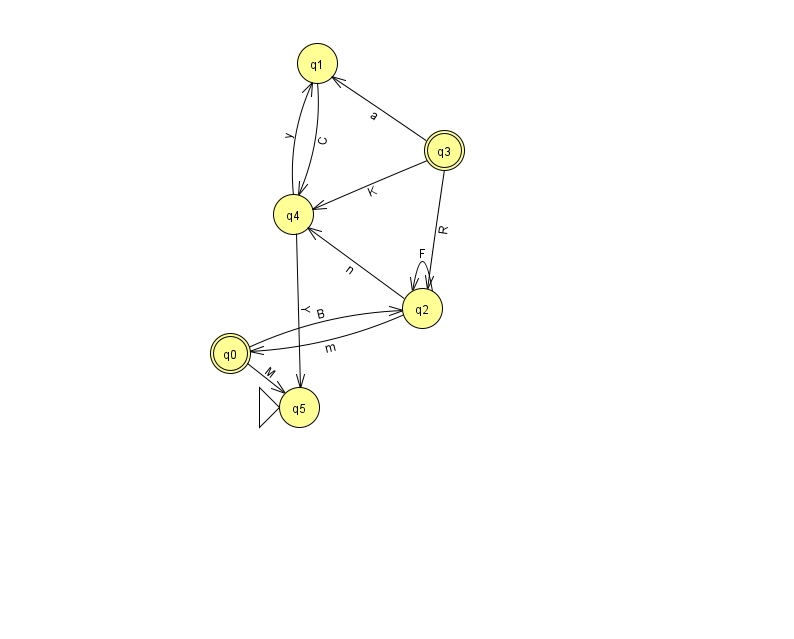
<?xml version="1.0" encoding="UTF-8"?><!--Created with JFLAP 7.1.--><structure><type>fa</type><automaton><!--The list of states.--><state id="0" name="q0"><x>230.0</x><y>340.0</y><final/></state><state id="1" name="q1"><x>317.0</x><y>50.0</y></state><state id="2" name="q2"><x>422.0</x><y>295.0</y></state><state id="3" name="q3"><x>444.0</x><y>137.0</y><final/></state><state id="4" name="q4"><x>293.0</x><y>201.0</y></state><state id="5" name="q5"><x>299.0</x><y>394.0</y><initial/></state><!--The list of transitions.--><transition><from>3</from><to>4</to><read>K</read></transition><transition><from>4</from><to>1</to><read>y</read></transition><transition><from>0</from><to>2</to><read>B</read></transition><transition><from>2</from><to>2</to><read>F</read></transition><transition><from>3</from><to>1</to><read>a</read></transition><transition><from>3</from><to>2</to><read>R</read></transition><transition><from>2</from><to>0</to><read>m</read></transition><transition><from>4</from><to>5</to><read>Y</read></transition><transition><from>1</from><to>4</to><read>C</read></transition><transition><from>2</from><to>4</to><read>n</read></transition><transition><from>0</from><to>5</to><read>M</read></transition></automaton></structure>